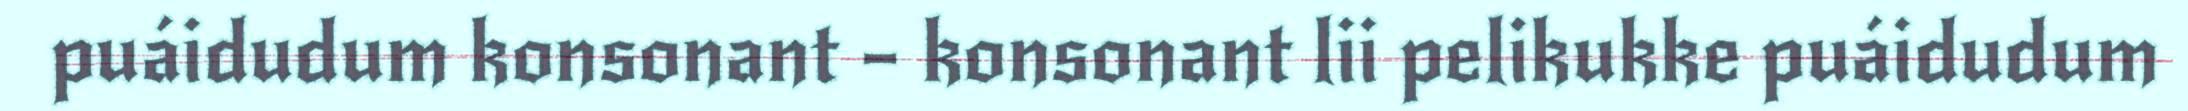
puáidudum konsonant – konsonant lii pelikukke puáidudum